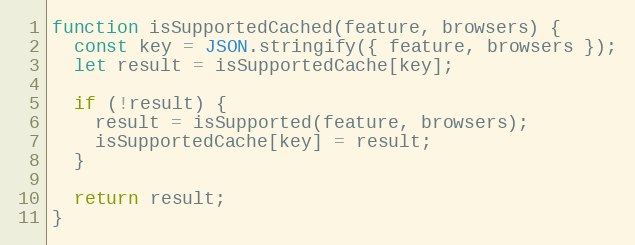
Language: JavaScript
function isSupportedCached(feature, browsers) {
  const key = JSON.stringify({ feature, browsers });
  let result = isSupportedCache[key];

  if (!result) {
    result = isSupported(feature, browsers);
    isSupportedCache[key] = result;
  }

  return result;
}